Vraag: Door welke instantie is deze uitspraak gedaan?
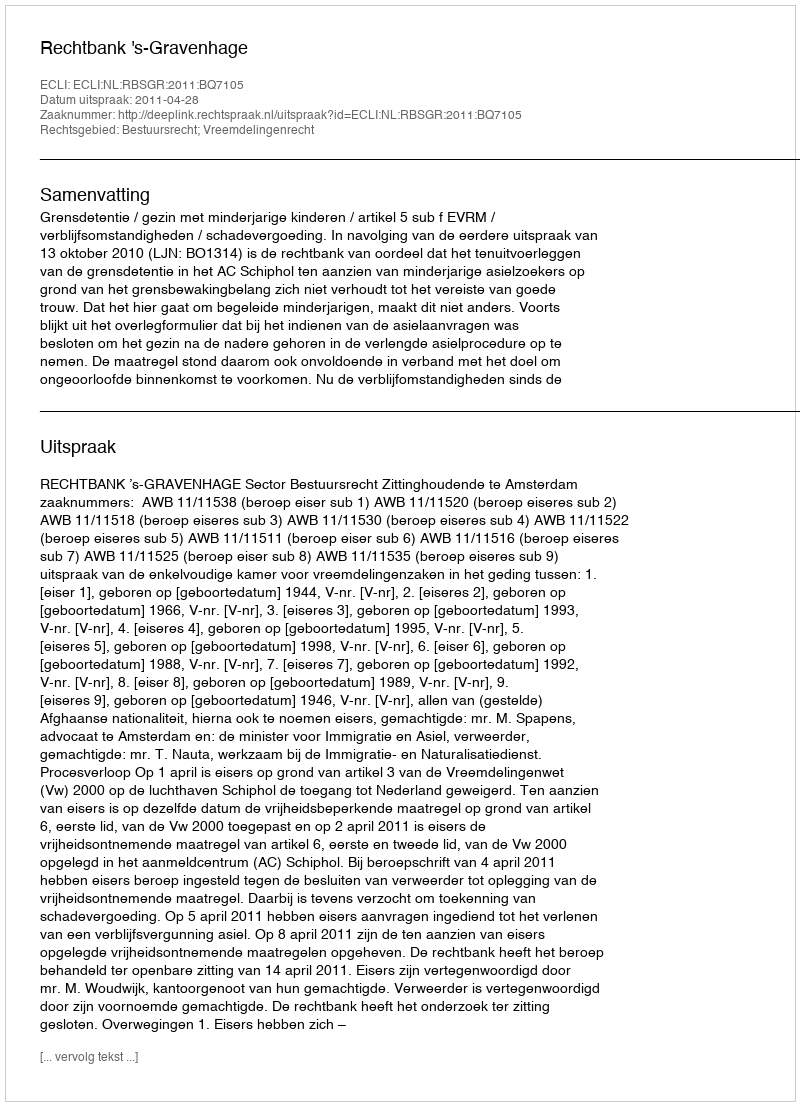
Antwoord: Rechtbank 's-Gravenhage